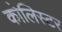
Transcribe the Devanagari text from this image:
कोलिस्टर